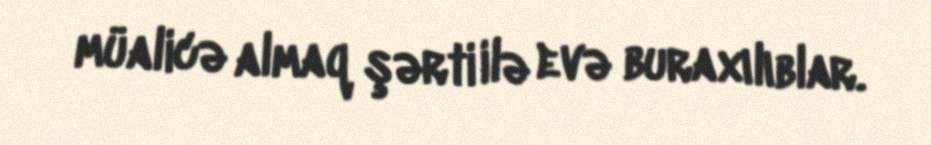
müalicə almaq şərti ilə evə buraxılıblar.